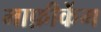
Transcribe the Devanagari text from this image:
माफ़ीकेंग